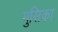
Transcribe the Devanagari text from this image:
मुसिका